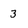
Character: 3